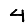
Digit: 4